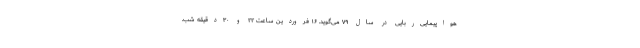
هواپیمایی‌ربایی در سال ۷۹ می‌گوید. ۱۶ فروردین ساعت ۲۲ و ۳۰دقیقه شب.